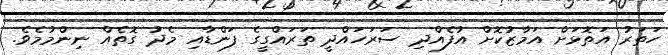
ހަތަރު އަތޮޅަށް އަމާޒުކޮށް އުފެެއްދި ސަރަހައްދީ ތަރައްގީގެ ފަންޑާއި މެދު ގޮތެއް ނިންމުމެވެ.